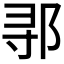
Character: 𬩽